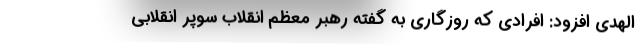
الهدی افزود: افرادی که روزگاری به گفته رهبر معظم انقلاب سوپر انقلابی